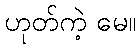
ဟုတ်ကဲ့ မေ။